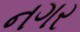
નગર